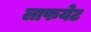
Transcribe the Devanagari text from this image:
लाफयेट